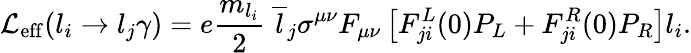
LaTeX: {\cal L}_{\mathrm{eff}}(l_{i}\rightarrow l_{j}\gamma)=e\frac{m_{l_{i}}}{2}~\overline{{{l}}}_{j}\sigma^{\mu\nu}F_{\mu\nu}\left[F_{ji}^{L}(0)P_{L}+F_{ji}^{R}(0)P_{R}\right]l_{i}.